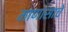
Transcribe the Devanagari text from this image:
माणासाचे